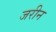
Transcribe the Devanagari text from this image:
जरीन